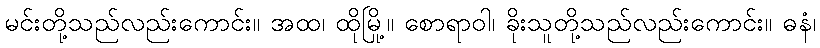
မင်းတို့သည်လည်းကောင်း။ အထ၊ ထိုမြို့။ စောရာဝါ၊ ခိုးသူတို့သည်လည်းကောင်း။ ဓနံ၊